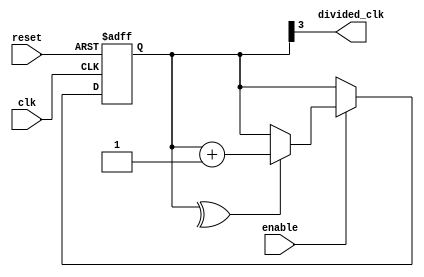
module johnson_counter_clock_divider(
    input wire clk,      // Input clock signal
    input wire reset,    // Reset signal
    input wire enable,   // Enable signal
    output reg divided_clk // Output divided clock signal
);

reg [3:0] count; // Johnson counter count
wire toggle;    // Toggles between 0 and 1

assign toggle = ^count; // Toggle signal for Johnson counter

always @(posedge clk or posedge reset) begin
    if (reset) begin
        count <= 4'b0000; // Reset count
    end else if (enable) begin
        count <= toggle ? count + 1 : count; // Increment count
    end
end

assign divided_clk = count[3]; // Output divided clock signal

endmodule